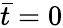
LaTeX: \bar{t}=0